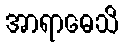
အာရာဓေသိ